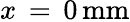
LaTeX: x\, =\, 0\, \mathrm{{mm}}